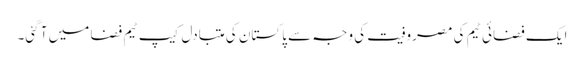
ایک فضائی ٹیم کی مصروفیت کی وجہ سے پاکستان کی متبادل کیپ ٹیم فضا میں آ گئی۔